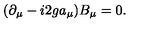
( \partial _ { \mu } - i 2 g a _ { \mu } ) B _ { \mu } = 0 .